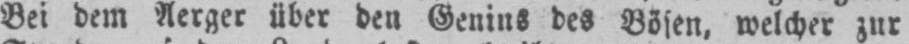
Bei dem Aerger über den Genins des Bösen, welcher zur